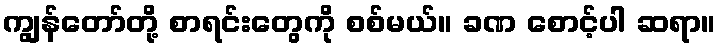
ကျွန်တော်တို့ စာရင်းတွေကို စစ်မယ်။ ခဏ စောင့်ပါ ဆရာ။